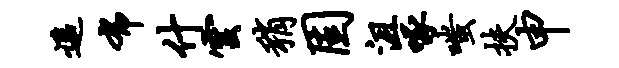
遥布什云稍固沮啄嗤扶申